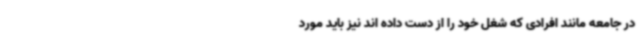
در جامعه مانند افرادی که شغل خود را از دست داده اند نیز باید مورد